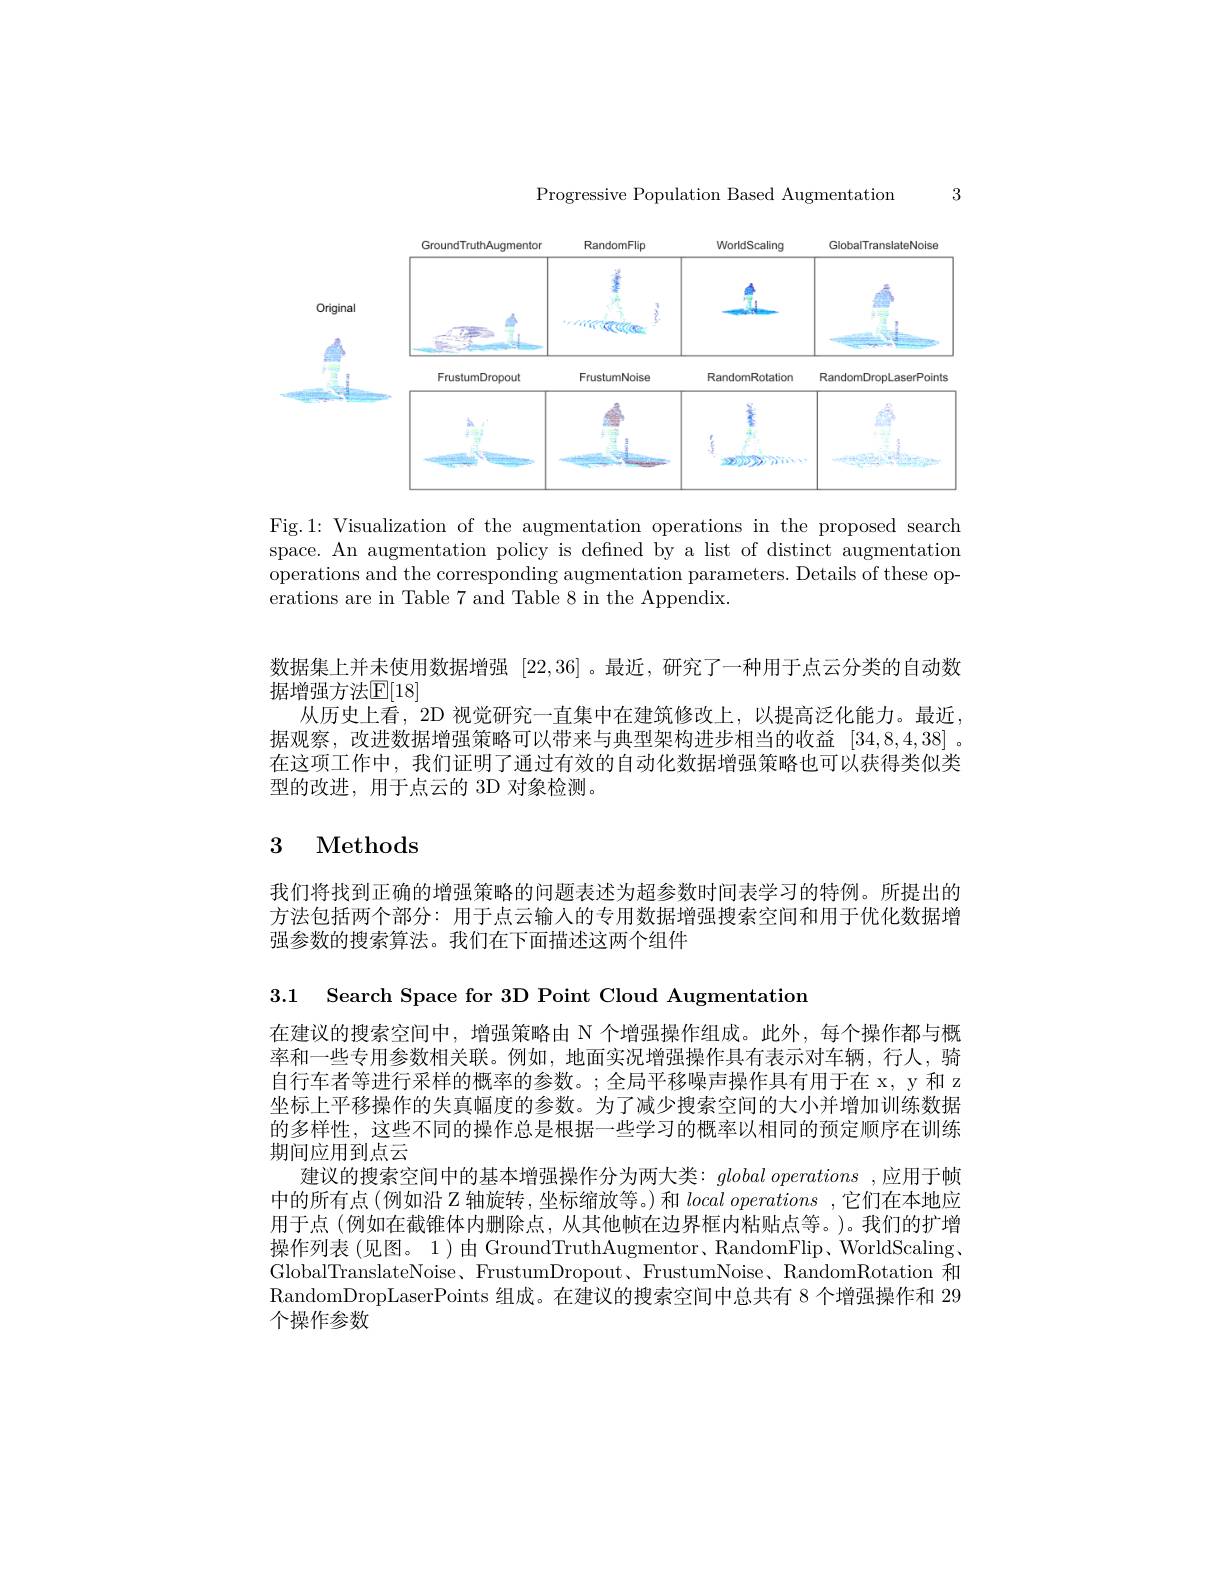
3

Progressive Population Based Augmentation

<FigureHere>

Fig.1: Visualization of the augmentation operations in the proposed search space. An augmentation policy is defined by a list of distinct augmentation operations and the corresponding augmentation parameters. Details of these operations are in Table 7 and Table 8 in the Appendix.

数据集上并未使用数据增强[22,36] 。最近，研究了一种用于点云分类的自动数
据增强方法$\mathbb{E}[18]$
从历史上看，2D 视觉研究一直集中在建筑修改上，以提高泛化能力。最近， 据观察，改进数据增强策略可以带来与典型架构进步相当的收益[34,8,4,38] 。在这项工作中，我们证明了通过有效的自动化数据增强策略也可以获得类似类型的改进，用于点云的 3D 对象检测。

## 3 Methods

我们将找到正确的增强策略的问题表述为超参数时间表学习的特例。所提出的方法包括两个部分：用于点云输入的专用数据增强搜索空间和用于优化数据增强参数的搜索算法。我们在下面描述这两个组件

3.1 Search Space for 3D Point Cloud Augmentation

在建议的搜索空间中，增强策略由 N 个增强操作组成。此外，每个操作都与概率和一些专用参数相关联。例如，地面实况增强操作具有表示对车辆，行人，骑自行车者等进行采样的概率的参数。;全局平移噪声操作具有用于在 x, y 和 z 坐标上平移操作的失真幅度的参数。为了减少搜索空间的大小并增加训练数据的多样性，这些不同的操作总是根据一些学习的概率以相同的预定顺序在训练期间应用到点云
建议的搜索空间中的基本增强操作分为两大类：globaloperations ,应用于帧中的所有点(例如沿 Z 轴旋转，坐标缩放等。) 和$local\textit{operations, 它 们 在 本 地 应 }$ 用于点(例如在截锥体内删除点，从其他帧在边界框内粘贴点等。)。我们的扩增操作列表 (见图。1)由 GroundTruthAugmentor、RandomFlip、WorldScaling . GlobalTranslateNoise、FrustumDropout、FrustumNoise、RandomRotation 和RandomDropLaserPoints 组成。在建议的搜索空间中总共有 8 个增强操作和 29个操作参数